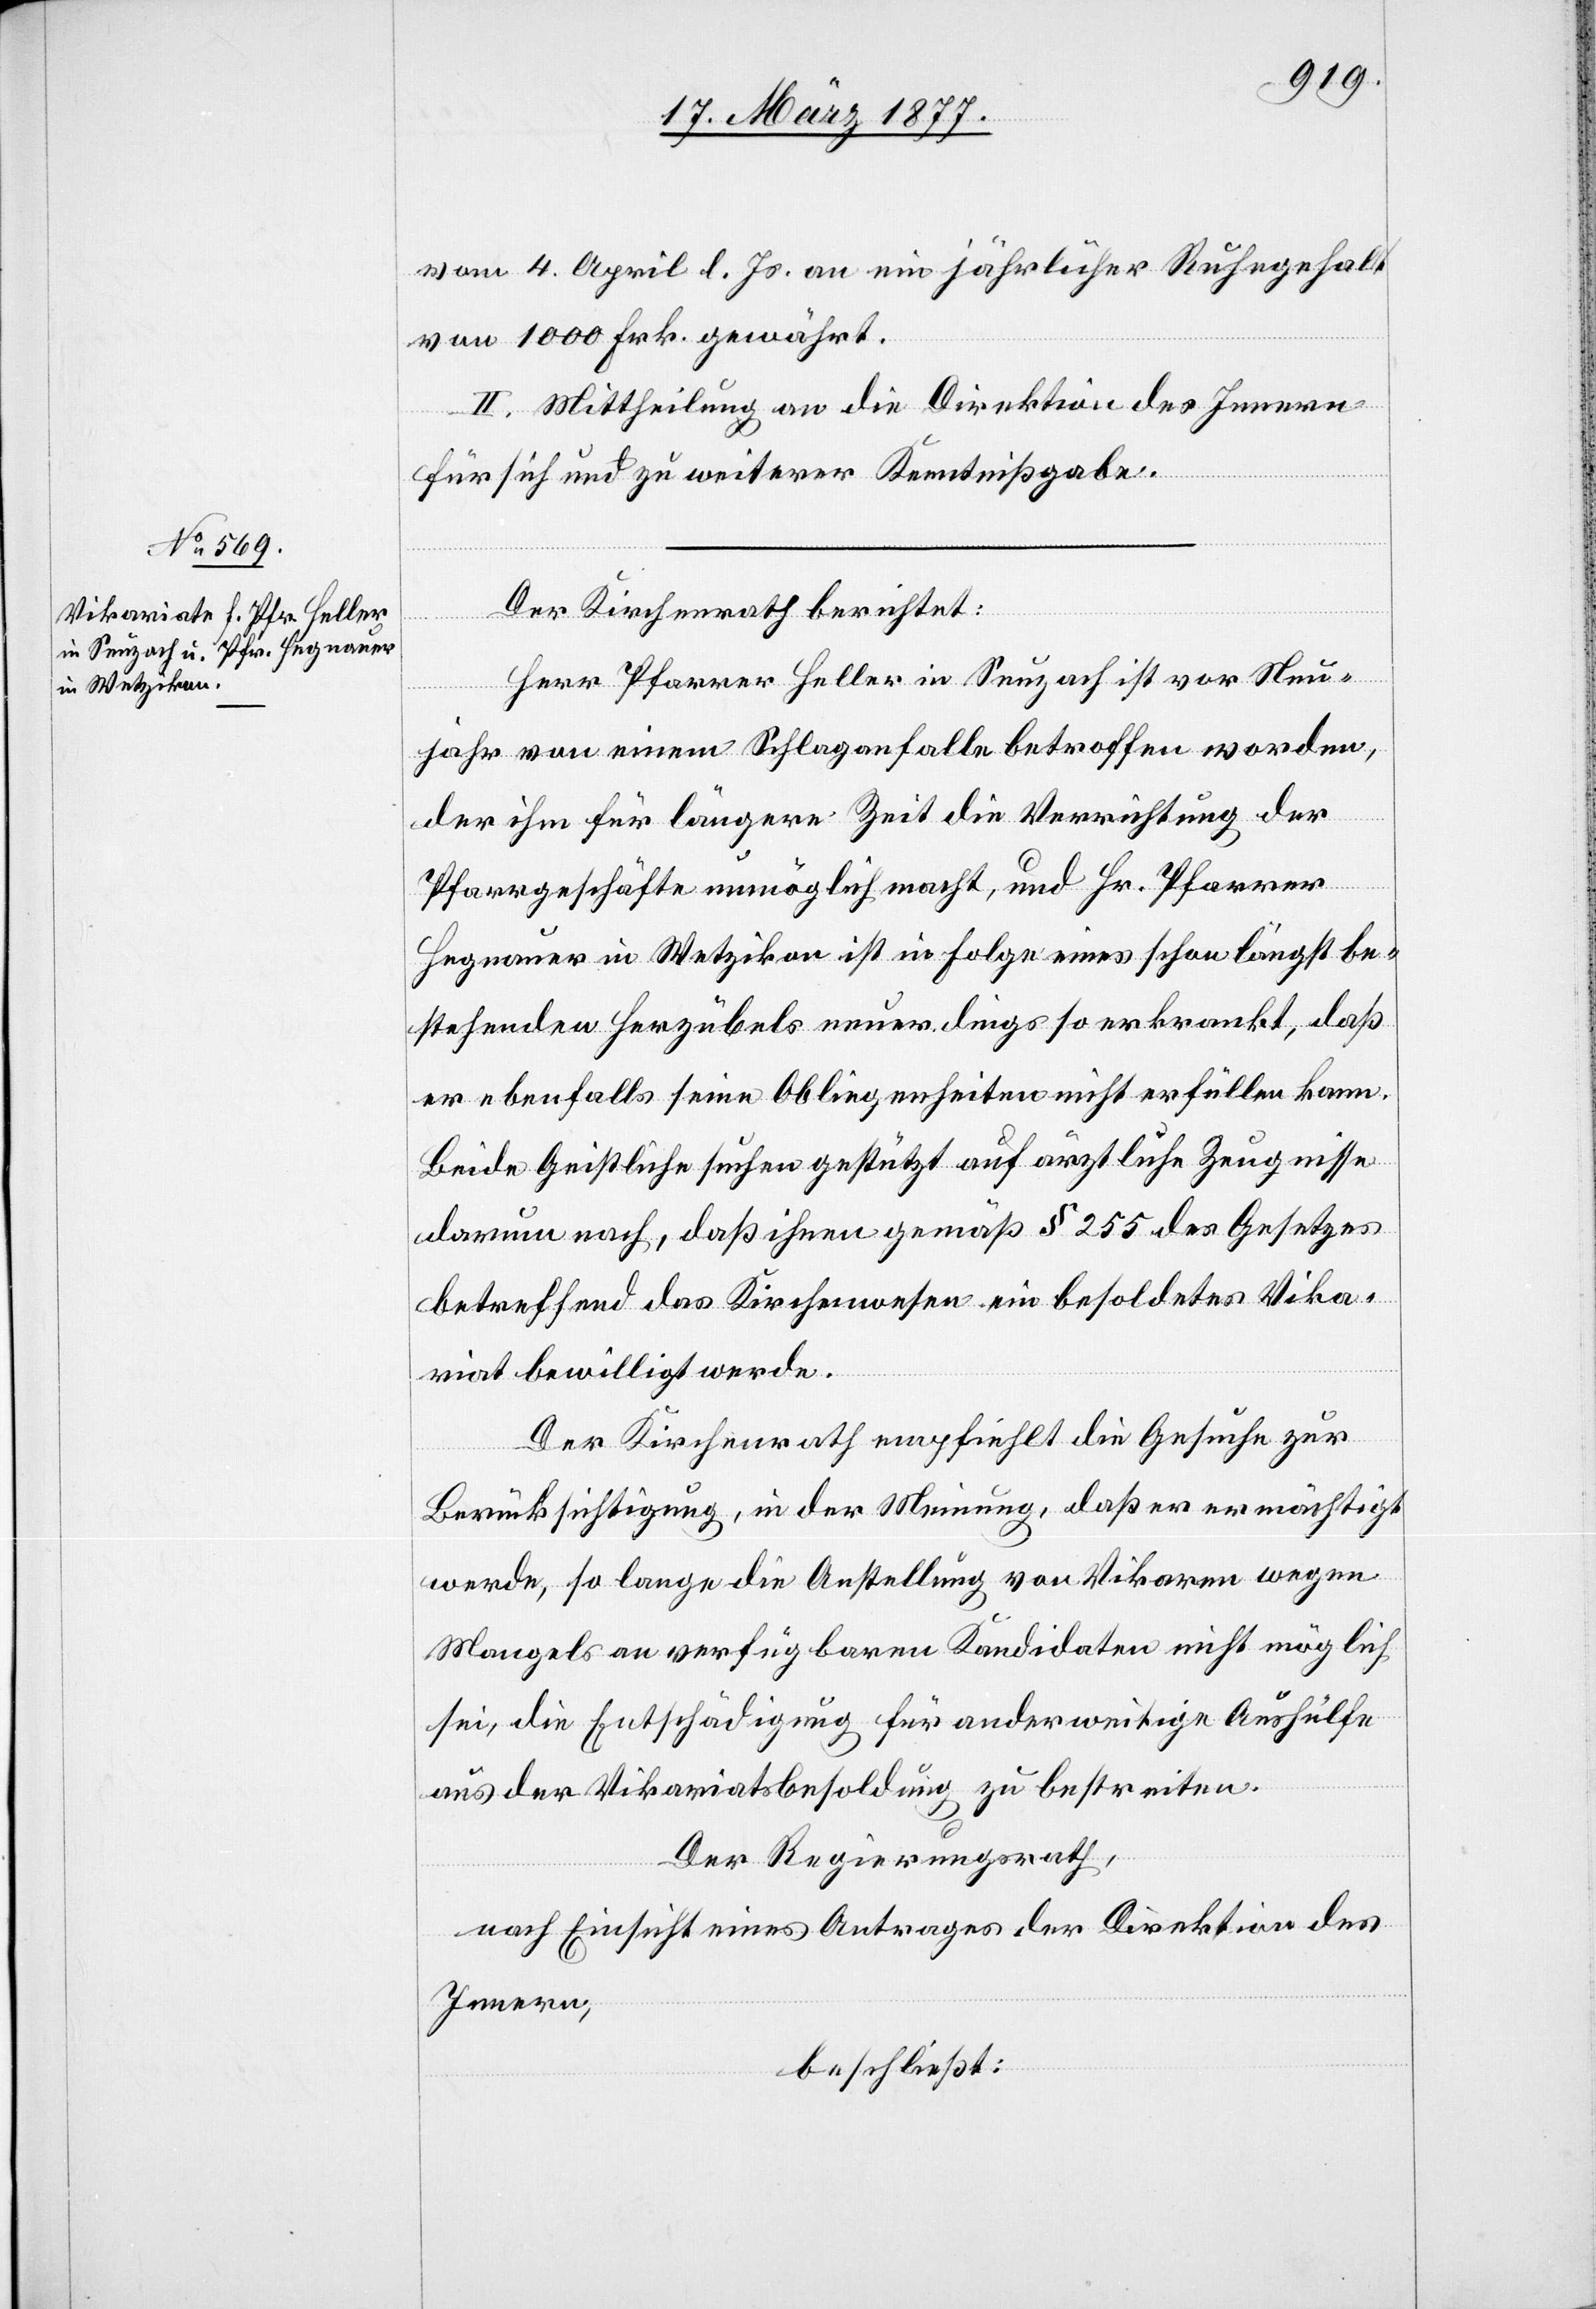
vom 4. April l. Js. an ein jährlicher Ruhegehalt
von 1000 Frk. gewährt.
II. Mittheilung an die Direktion des Innern
für sich und zu weiterer Kenntnißgabe.
Der Kirchenrath berichtet:
Herr Pfarrer Heller in Seuzach ist vor Neu¬
jahr von einem Schlaganfalle betroffen worden,
der ihm für längere Zeit die Verrichtung der
Pfarrgeschäfte unmöglich macht, und Hr. Pfarrer
Hegnauer in Wetzikon ist in Folge eines schon längst be¬
stehenden Herzübels neuerdings so erkrankt, daß
er ebenfalls seine Obliegenheiten nicht erfüllen kann.
Beide Geistliche suchen gestützt auf ärztliche Zeugnisse
darum nach, daß ihnen gemäß § 255 des Gesetzes
betreffend das Kirchenwesen ein besoldetes Vika¬
riat bewilligt werde.
Der Kirchenrath empfiehlt die Gesuche zur
Berücksichtigung, in der Meinung, daß er ermächtigt
werde, so lange die Anstellung von Vikaren wegen
Mangels an verfügbaren Kandidaten nicht möglich
sei, die Entschädigung für anderweitige Aushülfe
aus der Vikariatsbesoldung zu bestreiten.
Der Regierungsrath,
nach Einsicht eines Antrages der Direktion des
Innern,
beschließt: